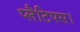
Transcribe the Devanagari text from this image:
प्लैटिपस।